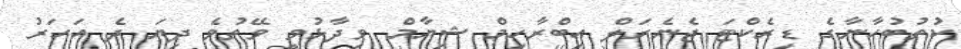
ކުތުބުހާނާގެ ޑިރެކްޓަ ޖެނެރަލް އިބްރާހިމް ޝިޔާމް ވިދާޅުވީ ވޭތުވެ ދިޔަ ދެ އަހަރު